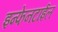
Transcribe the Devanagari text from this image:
इन्फेनटाईल